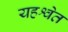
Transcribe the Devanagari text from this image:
यहश्वेत